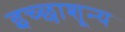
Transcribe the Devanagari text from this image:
इच्छाशून्य